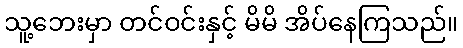
သူ့ဘေးမှာ တင်ဝင်းနှင့် မိမိ အိပ်နေကြသည်။